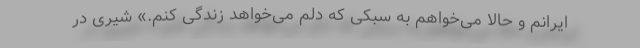
ایرانم و حالا می‌خواهم به سبکی که دلم می‌خواهد زندگی کنم.» شیری در